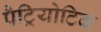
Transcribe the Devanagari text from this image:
पैट्रियोटिक